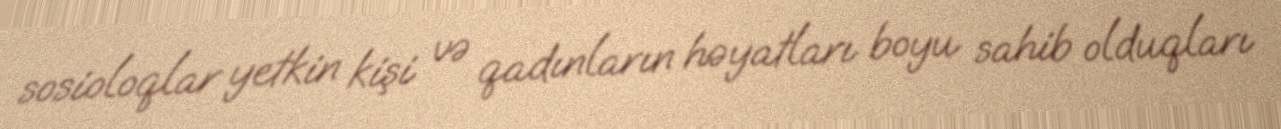
sosioloqlar yetkin kişi və qadınların həyatları boyu sahib olduqları